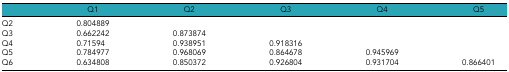
<table><thead><tr><td></td><td><b>Q1</b></td><td><b>Q2</b></td><td><b>Q3</b></td><td><b>Q4</b></td><td><b>Q5</b></td></tr></thead><tbody><tr><td>Q2</td><td>0.804889</td><td></td><td></td><td></td><td></td></tr><tr><td>Q3</td><td>0.662242</td><td>0.873874</td><td></td><td></td><td></td></tr><tr><td>Q4</td><td>0.71594</td><td>0.938951</td><td>0.918316</td><td></td><td></td></tr><tr><td>Q5</td><td>0.784977</td><td>0.968069</td><td>0.864678</td><td>0.945969</td><td></td></tr><tr><td>Q6</td><td>0.634808</td><td>0.850372</td><td>0.926804</td><td>0.931704</td><td>0.866401</td></tr></tbody></table>